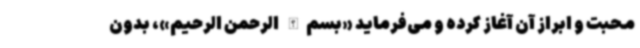
محبت و ابراز آن آغاز کرده و می‌فرماید «بسم‌الله الرحمن الرحیم»، بدون